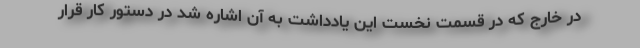
در خارج که در قسمت نخست این یادداشت به آن اشاره شد در دستور کار قرار